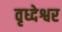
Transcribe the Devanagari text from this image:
वृध्देश्वर